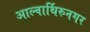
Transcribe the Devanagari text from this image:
आल्वार्थिरुनगर